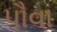
પૌવા